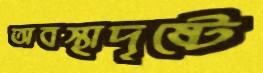
অবস্থাদৃষ্টে